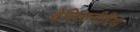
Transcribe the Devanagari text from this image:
वेलिसनीरिया